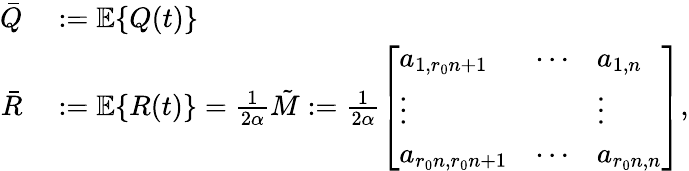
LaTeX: \begin{array}{rl}{\bar{Q}}&{{}:=\mathbb{E}\{ Q(t)\} }\\ {\bar{R}}&{{}:=\mathbb{E}\{ R(t)\} =\frac{1}{2\alpha}\tilde{M}:=\frac{1}{2\alpha}\left[\begin{array}{lll}{a_{1,r_{0}n+1}}&{\cdots}&{a_{1,n}}\\ {\vdots}&{}&{\vdots}\\ {a_{r_{0}n,r_{0}n+1}}&{\cdots}&{a_{r_{0}n,n}}\end{array}\right],}\end{array}